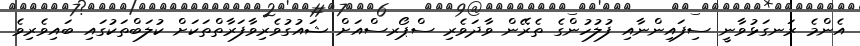
އެންމެ ރަނގަޅުވާނީ ސިފައިންނާއި ފުލުހުންގެ ތެރޭން ވާދަވެރި ސްޕޯރސްއަށް ޝައުގުވެރިވާފަރާތްތަކަށް ކުލަބްތަކުގައި ބައިވެރިވެ